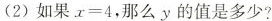
(2)如果$$x=4$$，那么y的值是多少?